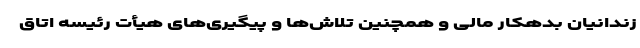
زندانیان بدهکار مالی و همچنین تلاش‌ها و پیگیری‌های هیأت رئیسه اتاق